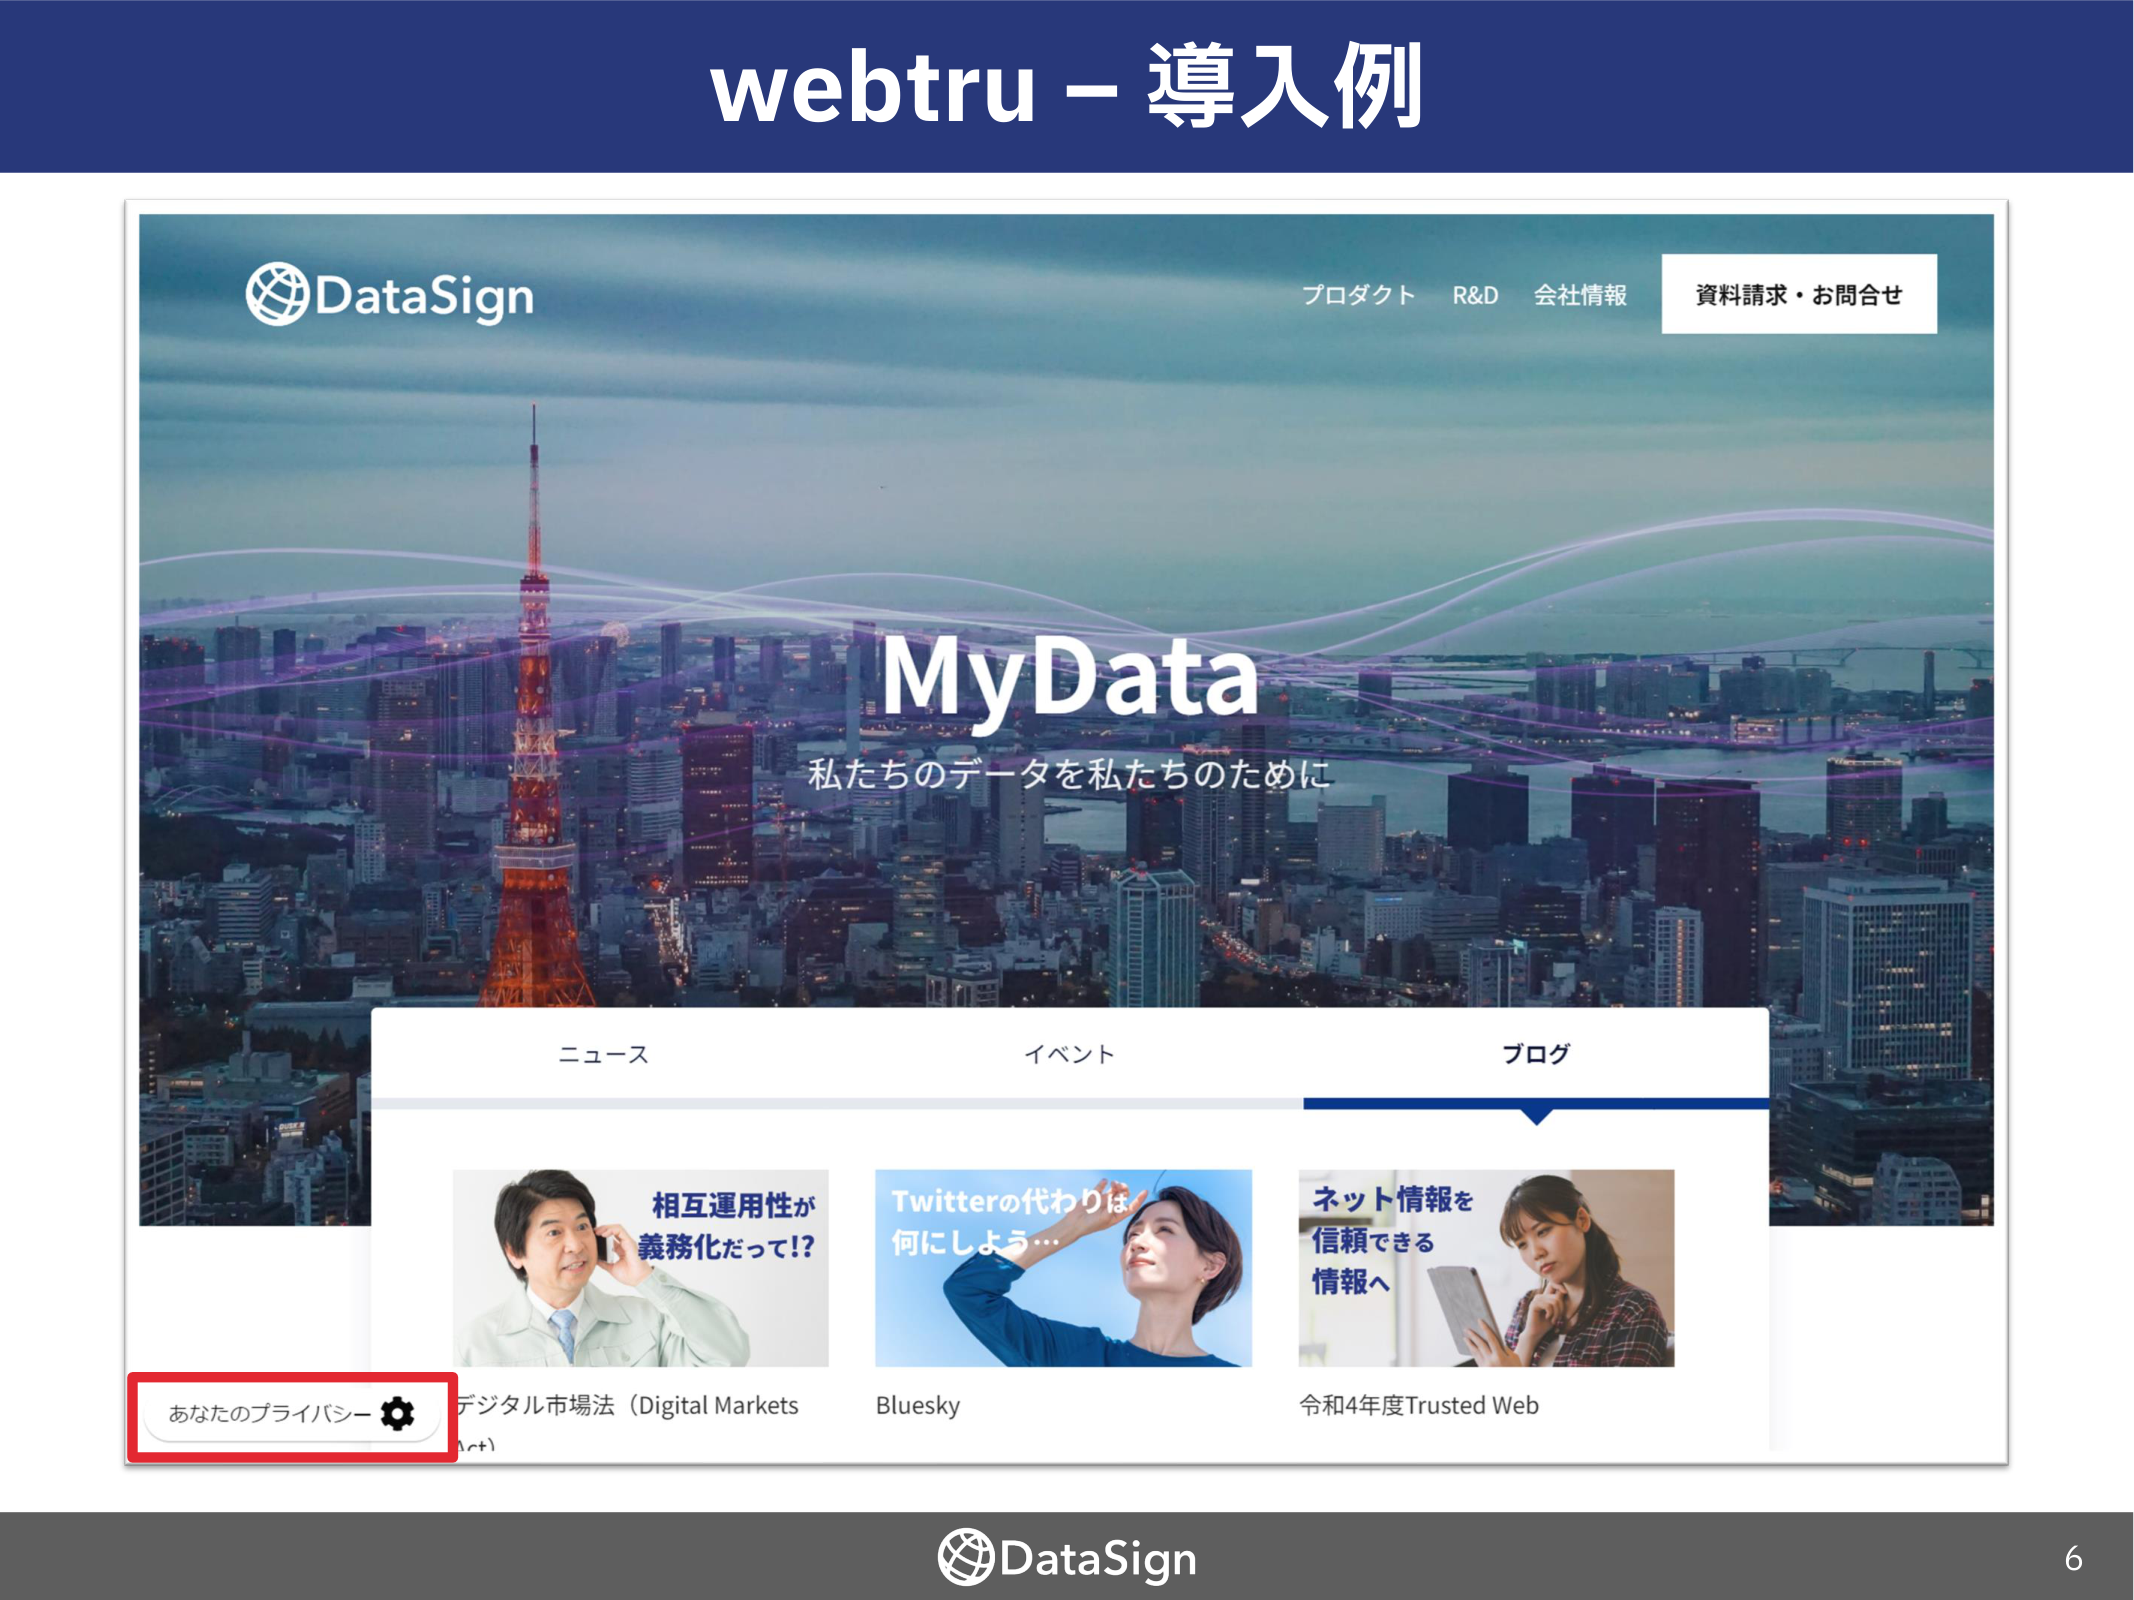
webtru – 導入例

DataSign
プロダクト R&D 会社情報
資料請求・お問合せ

MyData
私たちのデータを私たちのためには

ニュース イベント ブログ

相互運用性が
義務化だって!?
デジタル市場法（Digital Markets Act）

Twitterの代わりは
何にしよう…
Bluesky

ネット情報を
信頼できる
情報へ
令和4年度Trusted Web

あなたのプライバシー

DataSign
6